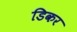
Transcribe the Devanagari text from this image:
डिकर